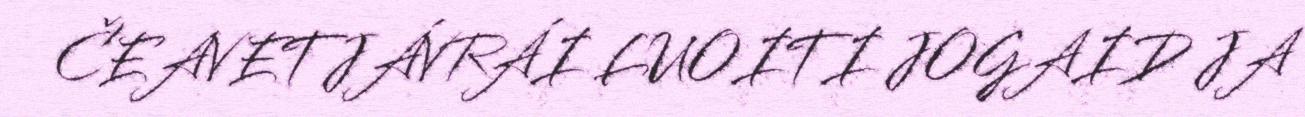
ČEAVETJÁVRÁI LUOITI JOGAID JA